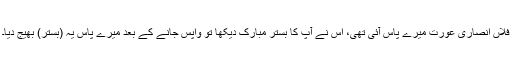
فلاں انصاری عورت میرے پاس آئی تھی، اُس نے آپ کا بستر مبارک دیکھا تو واپس جانے کے بعد میرے پاس یہ (بستر) بھیج دیا۔